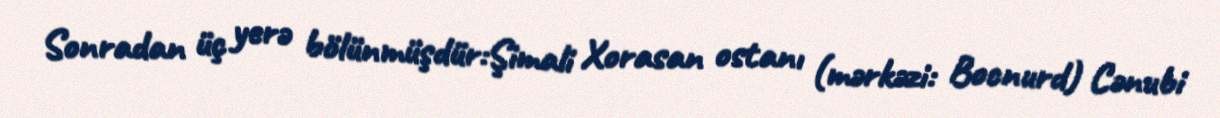
Sonradan üç yerə bölünmüşdür:Şimali Xorasan ostanı (mərkəzi: Bocnurd) Cənubi